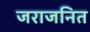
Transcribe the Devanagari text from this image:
जराजनित